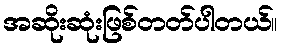
အဆိုးဆုံးဖြစ်တတ်ပါတယ်။